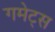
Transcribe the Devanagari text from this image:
गमेट्स